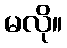
မလို။